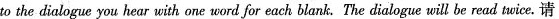
to the dialogue you hear with one word for each blank. The dialogue will be read twice.请